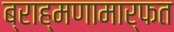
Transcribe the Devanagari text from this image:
ब्राह्मणामार्फत